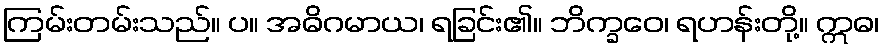
ကြမ်းတမ်းသည်။ ပ။ အဓိဂမာယ၊ ရခြင်း၏။ ဘိက္ခဝေ၊ ရဟန်းတို့။ ဣဓ၊